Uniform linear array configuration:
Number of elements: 12
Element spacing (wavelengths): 0.5
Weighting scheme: cosine
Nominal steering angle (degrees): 30
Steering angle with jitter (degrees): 31.369
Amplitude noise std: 0.05
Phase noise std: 0.05

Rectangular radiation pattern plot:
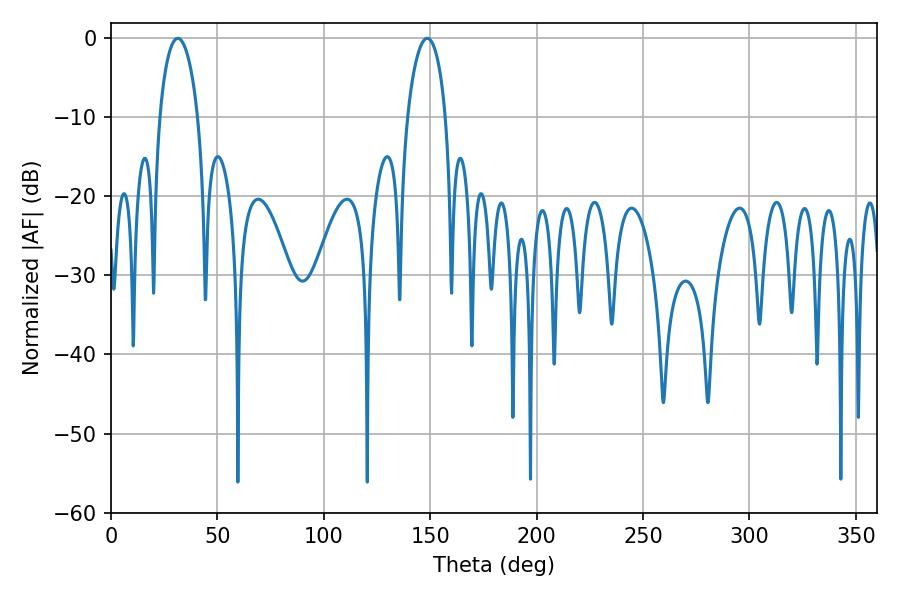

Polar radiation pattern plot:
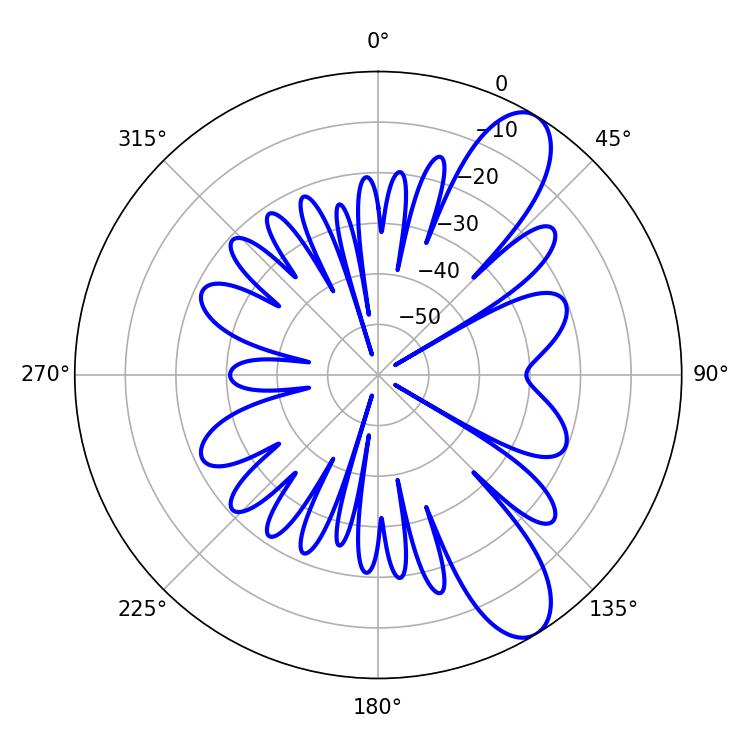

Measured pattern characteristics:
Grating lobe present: FALSE
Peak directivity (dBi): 9.958
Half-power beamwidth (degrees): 10.26
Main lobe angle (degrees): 31.32